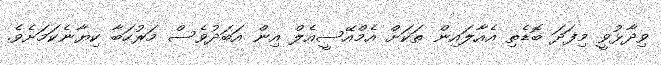
ވިދާޅުވީ މިފަދަ ބޮޑެތި އެއާލައިން ތަކަށް އެމްއޭސީއެލް އިން އަބަދުވެސް މަރުހަބާ ކިޔާނެކަމަށެވެ.